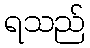
ရသည်